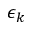
\epsilon _ { k }